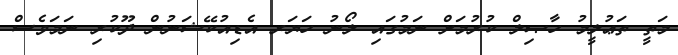
މަތީ ތަޢުލީމު ހާޞިލް ކުރުމަށް ނަމުގައި ލޯނު ހަޔަރ އެޑިއުކޭޝަނުން ދޫކުރި ނަމަވެސް